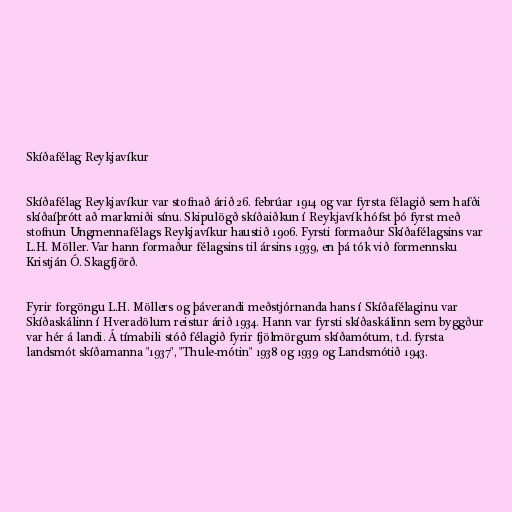
Skíðafélag Reykjavíkur

Skíðafélag Reykjavíkur var stofnað árið 26. febrúar 1914 og var fyrsta félagið sem hafði
skíðaíþrótt að markmiði sínu. Skipulögð skíðaiðkun í Reykjavík hófst þó fyrst með
stofnun Ungmennafélags Reykjavíkur haustið 1906. Fyrsti formaður Skíðafélagsins var
L.H. Möller. Var hann formaður félagsins til ársins 1939, en þá tók við formennsku
Kristján Ó. Skagfjörð.

Fyrir forgöngu L.H. Möllers og þáverandi meðstjórnanda hans í Skíðafélaginu var
Skíðaskálinn í Hveradölum reistur árið 1934. Hann var fyrsti skíðaskálinn sem byggður
var hér á landi. Á tímabili stóð félagið fyrir fjölmörgum skíðamótum, t.d. fyrsta
landsmót skíðamanna "1937", "Thule-mótin" 1938 og 1939 og Landsmótið 1943.